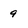
Character: 9